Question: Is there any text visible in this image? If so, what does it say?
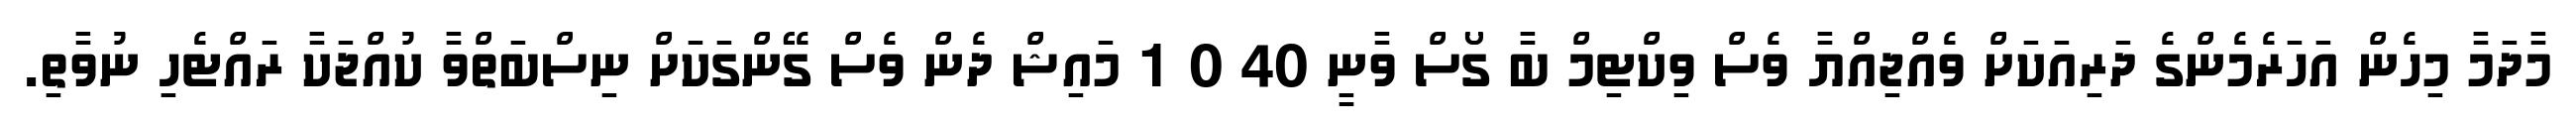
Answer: މާދަމާ މިހެން އަހަރެމެންގެ ދަރިއަކަށް ވެއްޖިއްޔާ ވެސް ވިކްޓިމް ބާ ގޯސް ވާނީ 40 0 1 މައިޝް ދެން ވެސް ގޭންގަކަށް ނިސްބަތްވާ ކުއްޖަކާ ރައްޓެހި ނުވާތި.